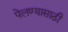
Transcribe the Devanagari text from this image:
पेलण्‍यासाठी